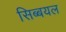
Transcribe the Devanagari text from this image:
सिब्बयल